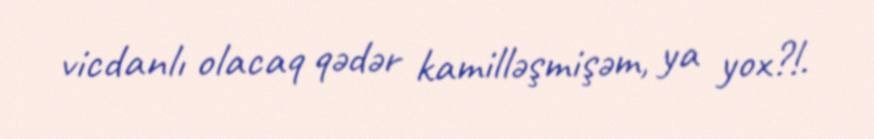
vicdanlı olacaq qədər kamilləşmişəm, ya yox?!.